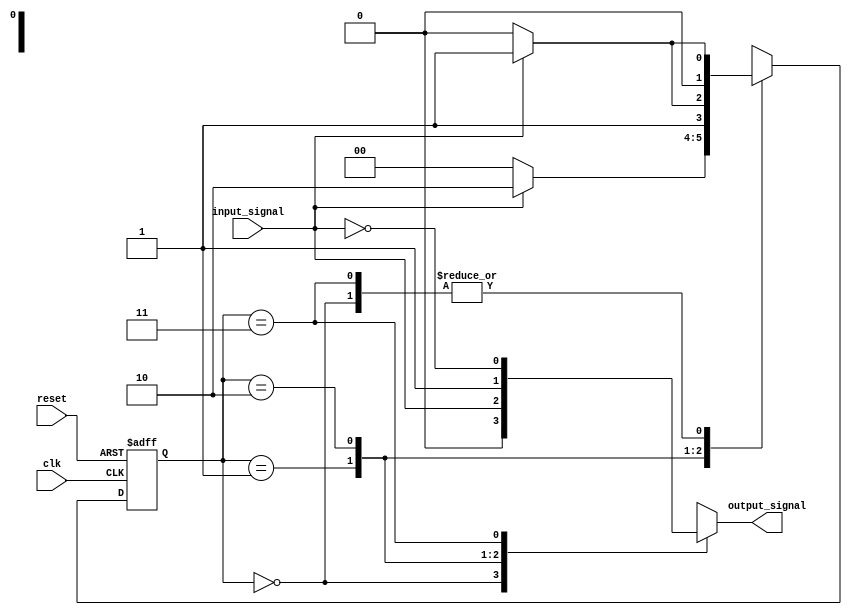
module mealy_state_machine (
    input wire clk,           // Clock signal
    input wire reset,         // Asynchronous reset
    input wire input_signal,  // Input signal to influence state transitions
    output reg output_signal  // Output signal based on current state and input
);

// State Encoding
parameter S0 = 2'b00;  // Initial state
parameter S1 = 2'b01;  // Intermediate state 1
parameter S2 = 2'b10;  // Intermediate state 2
parameter S3 = 2'b11;  // Final state

reg [1:0] current_state, next_state;

// Sequential logic for state transitions
always @(posedge clk or posedge reset) begin
    if (reset) begin
        current_state <= S0; // reset to initial state
    end else begin
        current_state <= next_state; // transition to next state
    end
end

// Combinatorial logic for next state
always @(*) begin
    case (current_state)
        S0: begin
            if (input_signal) 
                next_state = S1; // Transition to S1
            else 
                next_state = S0; // Stay in S0
        end
        
        S1: begin
            if (input_signal) 
                next_state = S2; // Transition to S2
            else 
                next_state = S0; // Transition back to S0
        end
        
        S2: begin
            if (input_signal) 
                next_state = S3; // Transition to S3
            else 
                next_state = S2; // Stay in S2
        end
        
        S3: begin
            if (input_signal) 
                next_state = S1; // Transition back to S1
            else 
                next_state = S0; // Transition back to S0
        end
        
        default: next_state = S0; // Default to S0
    endcase
end

// Output logic
always @(*) begin
    case (current_state)
        S0: output_signal = 1'b0; // Output when in state S0
        S1: output_signal = input_signal; // Output follows input in S1
        S2: output_signal = 1'b1; // Fixed output in S2
        S3: output_signal = ~input_signal; // Complemented input in S3
        default: output_signal = 1'b0; // Default output
    endcase
end

endmodule